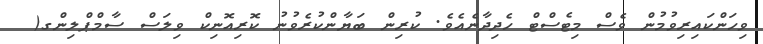
ވިހަންކައިރިވުމުން ވެސް މިޓެސްޓް ހެދިދާނެއެވެ. ކުރިން ބަޔާންކުރެވުނު ކޮރިއޮނިކް ވިލަސް ސާމްޕްލިންގ(